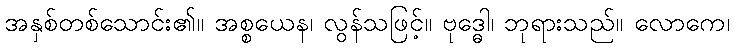
အနှစ်တစ်သောင်း၏။ အစ္စယေန၊ လွန်သဖြင့်။ ဗုဒ္ဓေါ၊ ဘုရားသည်။ လောကေ၊